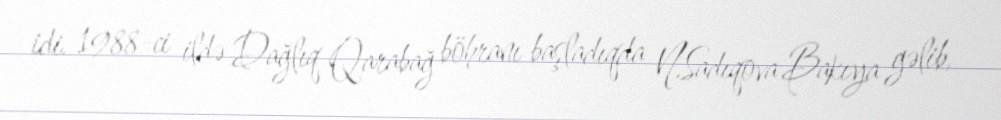
idi. 1988-ci ildə Dağlıq Qarabağ böhranı başladıqda N.Sadıqova Bakıya gəlib,